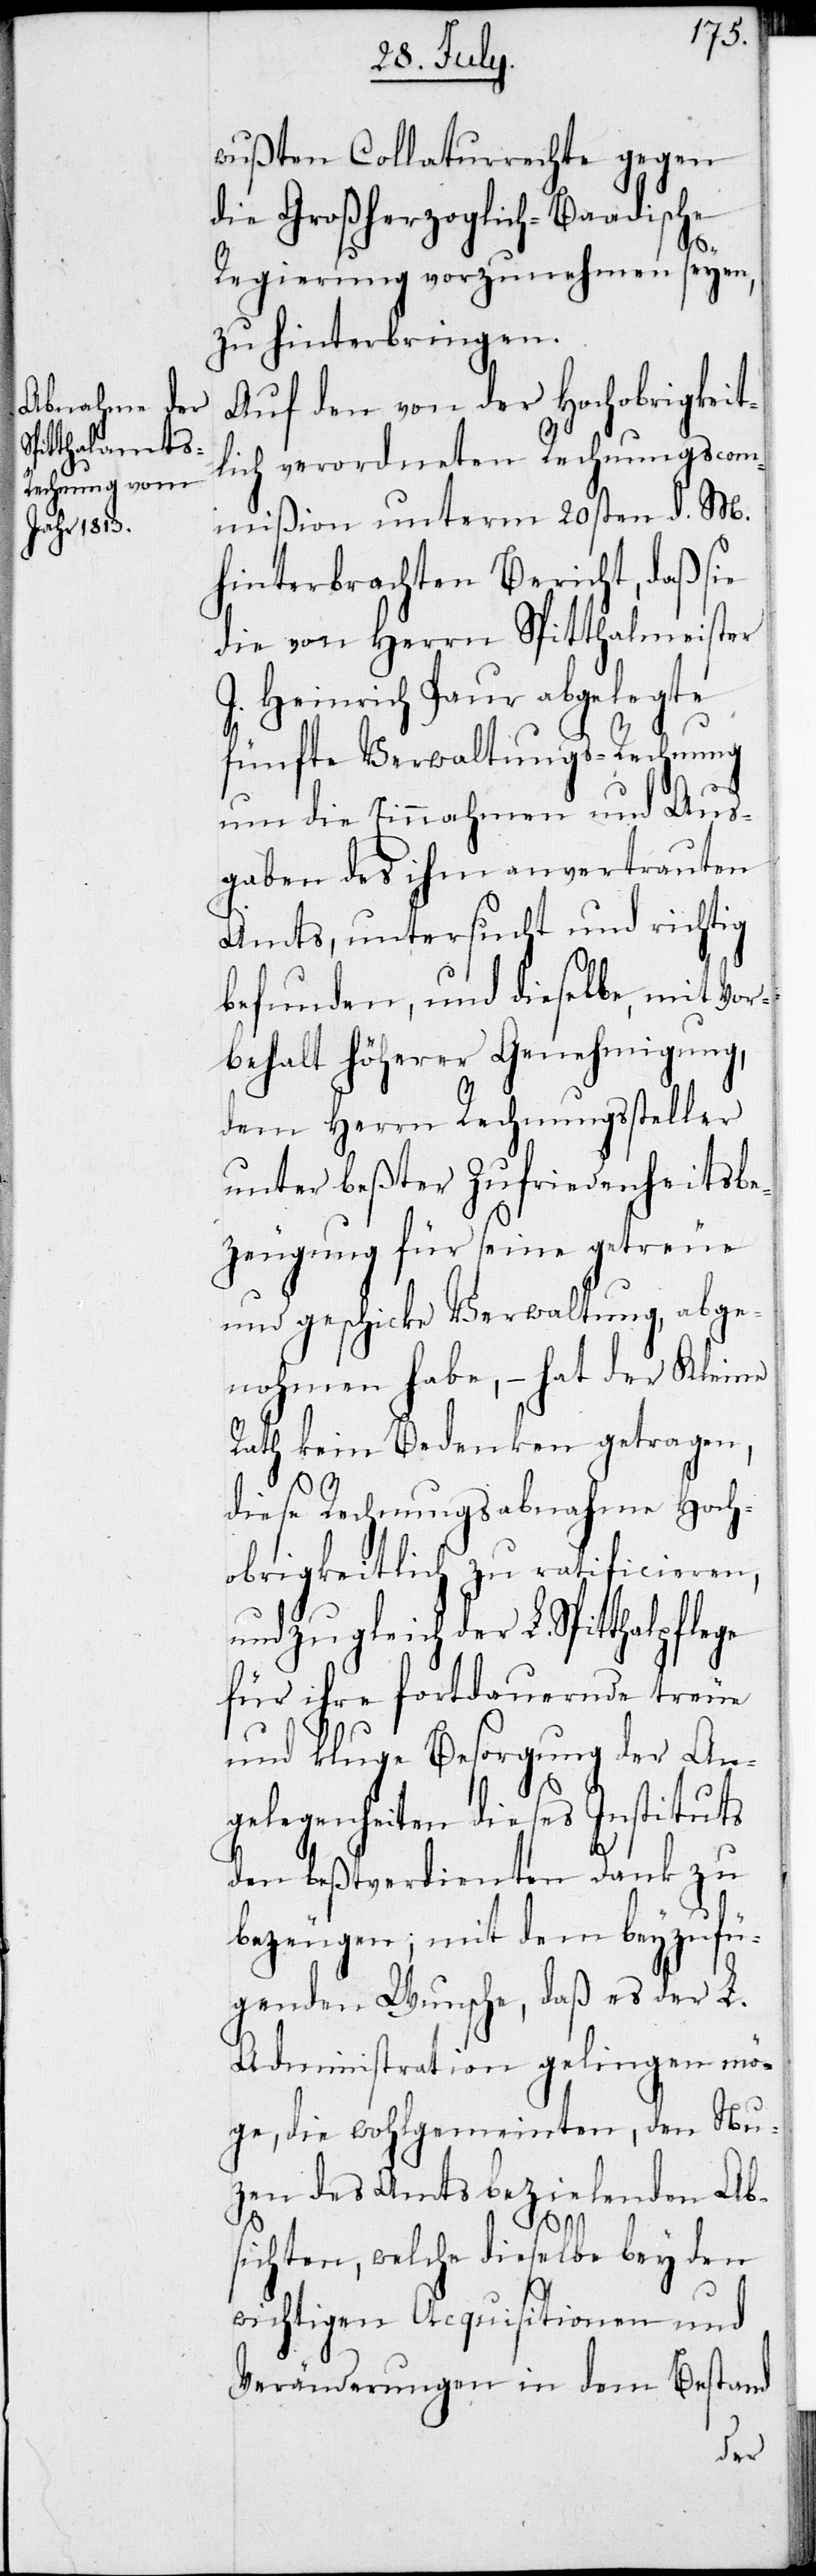
wußten Collaturrechte gegen
die Großherzoglich-Baadische
Regierung vorzunehmen seyen,
zu hinterbringen.
Auf den von der Hochobrigkeit¬
lich verordneten Rechnungscom¬
mißion unterm 20sten d.M.
hinterbrachten Bericht, daß sie
die von Herrn Spitthalmeister
J. Heinrich Paur abgelegte
fünfte Verwaltungs-Rechnung
um die Einnahmen und Aus¬
gaben des ihm anvertrauten
Amts, untersucht und richtig
befunden, und dieselbe, mit Vor¬
behalt höherer Genehmigung,
dem Herrn Rechnungssteller
unter bester Zufriedenheitsbe¬
zeugung für seine getreue
und geschicke Verwaltung, abge¬
nohmen habe, – hat der Kleine
Rath kein Bedenken getragen,
diese Rechnungsabnahme Hoch¬
obrigkeitlich zu ratificieren,
und zugleich der L. Spitthalpflege
für ihre fortdauernde treue
und kluge Besorgung der An¬
gelegenheiten dieses Instituts
den beßtverdienten Dank zu
bezeugen; mit dem beyzufü¬
genden Wunsche, daß es der L.
Administration gelingen mö¬
ge, die wohlgemeinten, den Nu¬
zen des Amts bezielenden Ab¬
sichten, welche dieselbe bey den
wichtigen Acquisitionen und
Veränderungen in dem Bestand